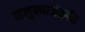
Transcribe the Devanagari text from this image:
तालुक्याअंतर्गत